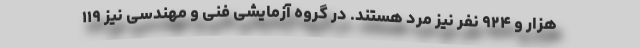
هزار و ۹۲۴ نفر نیز مرد هستند. در گروه آزمایشی فنی و مهندسی نیز ۱۱۹